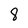
Character: 8